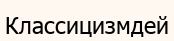
Классицизмдей